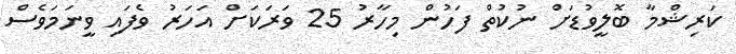
ކަރިޝްމާ ބޮލީވުޑަށް ނުކުތް ފަހުން މިހާރު 25 ވަރަކަށް އަހަރު ވެފައި ވީނަމަވެސް